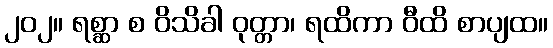
၂၀၂။ ရစ္ဆာ စ ဝိသိခါ ဝုတ္တာ၊ ရထိကာ ဝီထိ စာပျထ။